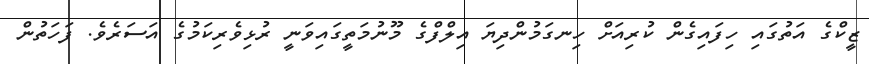
ޒީކްގެ އަތުގައި ހިފައިގެން ކުރިއަށް ހިނގަމުންދިޔަ އިލްފްގެ މޫނުމަތީގައިވަނީ ރުޅިވެރިކަމުގެ އަސަރެވެ. ފަހަތުން